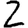
Digit: 2